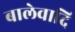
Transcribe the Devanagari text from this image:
बालेवादि